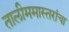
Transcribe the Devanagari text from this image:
तालीममास्तरांचा